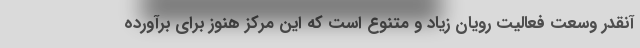
آنقدر وسعت فعالیت رویان زیاد و متنوع است که این مرکز هنوز برای برآورده